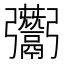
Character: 𩱠